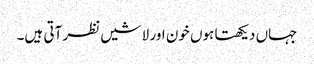
جہاں دیکھتا ہوں خون اور لاشیں نظر آتی ہیں۔